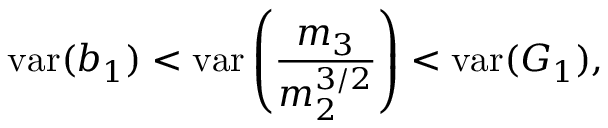
\operatorname { v a r } ( b _ { 1 } ) < \operatorname { v a r } \left( { \frac { m _ { 3 } } { m _ { 2 } ^ { 3 / 2 } } } \right) < \operatorname { v a r } ( G _ { 1 } ) ,